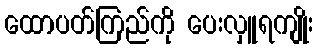
ထောပတ်ကြည်ကို ပေးလှူရကျိုး